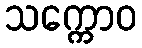
သက္ကောဝ